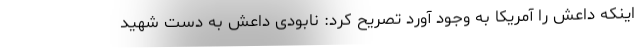
اینکه داعش را آمریکا به وجود آورد تصریح کرد: نابودی داعش به دست شهید